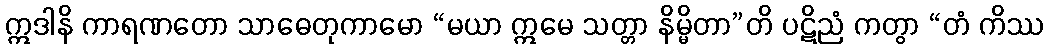
ဣဒါနိ ကာရဏတော သာဓေတုကာမော “မယာ ဣမေ သတ္တာ နိမ္မိတာ”တိ ပဋိညံ ကတွာ “တံ ကိဿ